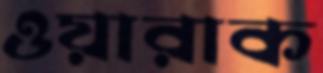
ওয়ারাক